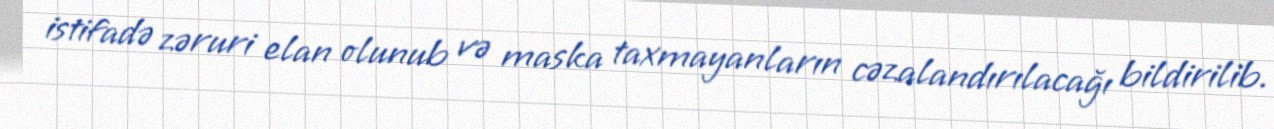
istifadə zəruri elan olunub və maska taxmayanların cəzalandırılacağı bildirilib.